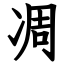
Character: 凋